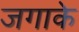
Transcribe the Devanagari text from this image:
जगाके